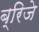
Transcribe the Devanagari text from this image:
ब्रिजे